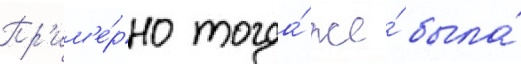
Пр'им'е́рно тогда́ же́ была́